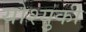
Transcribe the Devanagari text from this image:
योश्युकी